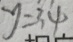
y = 3 4